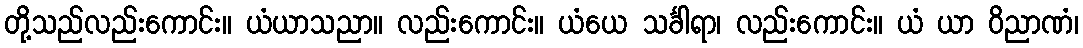
တို့သည်လည်းကောင်း။ ယံယာသညာ။ လည်းကောင်း။ ယံယေ သင်္ခါရာ၊ လည်းကောင်း။ ယံ ယာ ဝိညာဏံ၊